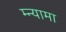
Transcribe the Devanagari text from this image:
म्न्यामा